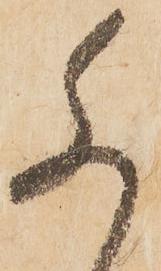
尚